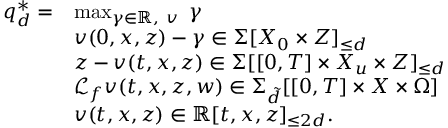
\begin{array} { r l r l } { q _ { d } ^ { * } = } & { \operatorname* { m a x } _ { \gamma \in \mathbb { R } , \ v } \ \gamma } & & { } \\ & { v ( 0 , x , z ) - \gamma \in \Sigma [ X _ { 0 } \times Z ] _ { \leq d } } \\ & { z - v ( t , x , z ) \in \Sigma [ [ 0 , T ] \times X _ { u } \times Z ] _ { \leq d } } \\ & { \mathcal { L } _ { f } v ( t , x , z , w ) \in \Sigma _ { \tilde { d } } [ [ 0 , T ] \times X \times \Omega ] } \\ & { v ( t , x , z ) \in \mathbb { R } [ t , x , z ] _ { \leq 2 d } . } & & { } \end{array}